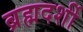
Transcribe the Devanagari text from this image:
ब्रह्मदर्शी